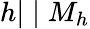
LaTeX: h|\mid M_{h}